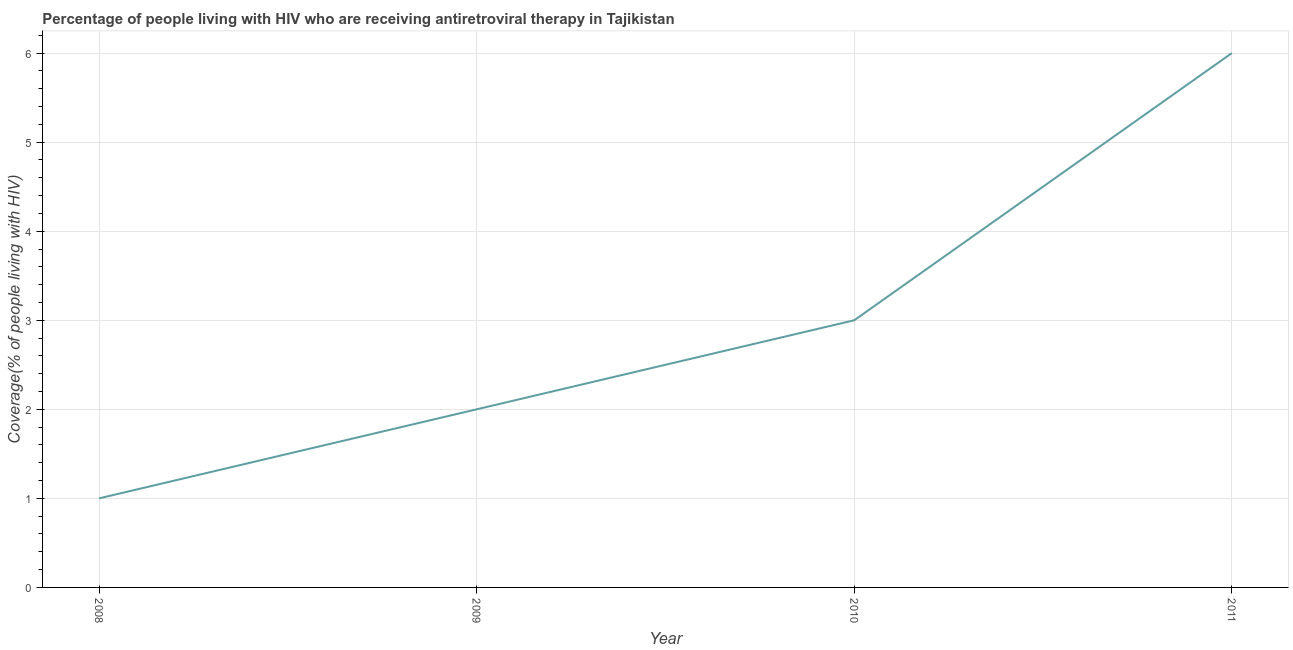
| Year | Antiretroviral therapy coverage |
 | --- | --- |
 | 2008 | 1 |
 | 2009 | 2 |
 | 2010 | 3 |
 | 2011 | 6 |